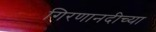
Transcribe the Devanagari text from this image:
गिरणानदीच्या